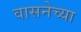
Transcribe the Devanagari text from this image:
वासनेच्या